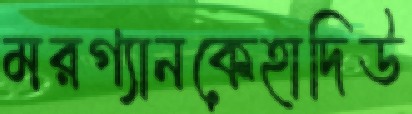
মরগ্যানকেহাদিউ